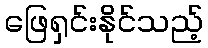
ဖြေရှင်းနိုင်သည့်